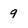
Character: 9